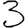
Digit: 3